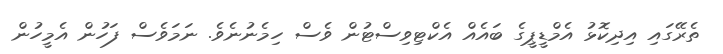
ތެރޭގައި އިދިކޮޅު އެމްޑީޕީގެ ބައެއް އެކްޓިވިސްޓުން ވެސް ހިމެނުނެވެ. ނަމަވެސް ފަހުން އެމީހުން